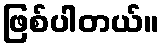
ဖြစ်ပါတယ်။